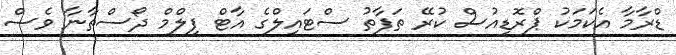
ޑްރާމާ އެކަމަކު ޕްރޮޑިއުސް ކުރޭ ތަފާތު ސްޓައިލްގެ އާޓް ފިލްމް ދޯސްތާނާ ވެސް